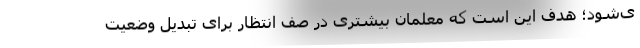
ی‌شود؛ هدف این است که معلمان بیشتری در صف انتظار برای تبدیل وضعیت